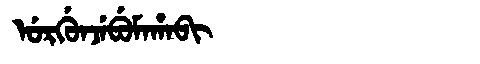
Manchu: ᡠᡵᡤᡠᠨᠵᡝᠪᡠᠮᠠᡥᠠᠪᡳ
Romanization: URGUNJEBUMAHABI